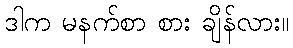
ဒါက မနက်စာ စား ချိန်လား။